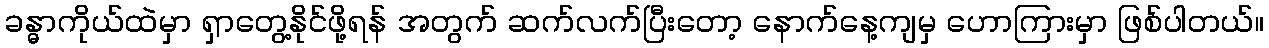
ခန္ဓာကိုယ်ထဲမှာ ရှာတွေ့နိုင်ဖို့ရန် အတွက် ဆက်လက်ပြီးတော့ နောက်နေ့ကျမှ ဟောကြားမှာ ဖြစ်ပါတယ်။